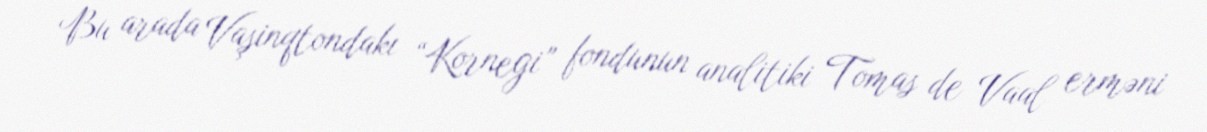
Bu arada Vaşinqtondakı “Kornegi” fondunun analitiki Tomas de Vaal erməni